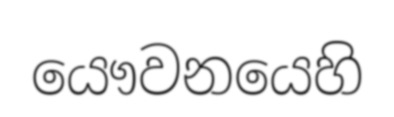
යෞවනයෙහි